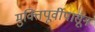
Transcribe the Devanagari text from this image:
मुक्तिपूर्वीपासून